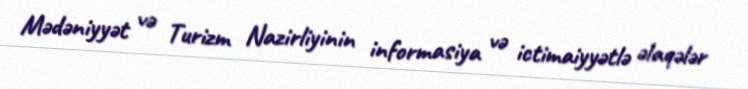
Mədəniyyət və Turizm Nazirliyinin informasiya və ictimaiyyətlə əlaqələr